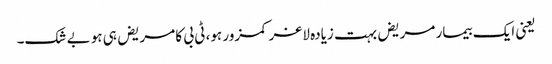
یعنی ایک بیمار مریض بہت زیادہ لاغر کمزور ہو، ٹی بی کا مریض ہی ہو بے شک۔